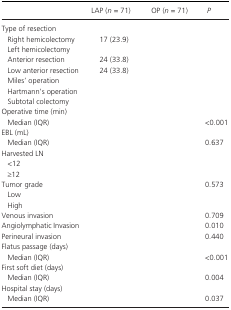
<table><thead><tr><td>[EMPTY_CELL]</td><td><b>LAP (<i>n</i> = 71)</b></td><td><b>OP (<i>n</i> = 71)</b></td><td><b><i>P</i></b></td></tr></thead><tbody><tr><td colspan="3">Type of resection</td><td>[EMPTY_CELL]</td></tr><tr><td>Right hemicolectomy</td><td>17 (23.9)</td><td>[EMPTY_CELL]</td><td>[EMPTY_CELL]</td></tr><tr><td>Left hemicolectomy</td><td>[EMPTY_CELL]</td><td>[EMPTY_CELL]</td><td>[EMPTY_CELL]</td></tr><tr><td>Anterior resection</td><td>24 (33.8)</td><td>[EMPTY_CELL]</td><td>[EMPTY_CELL]</td></tr><tr><td>Low anterior resection</td><td>24 (33.8)</td><td>[EMPTY_CELL]</td><td>[EMPTY_CELL]</td></tr><tr><td>Miles' operation</td><td>[EMPTY_CELL]</td><td>[EMPTY_CELL]</td><td>[EMPTY_CELL]</td></tr><tr><td>Hartmann's operation</td><td>[EMPTY_CELL]</td><td>[EMPTY_CELL]</td><td>[EMPTY_CELL]</td></tr><tr><td>Subtotal colectomy</td><td>[EMPTY_CELL]</td><td>[EMPTY_CELL]</td><td>[EMPTY_CELL]</td></tr><tr><td colspan="4">Operative time (min)</td></tr><tr><td>Median (IQR)</td><td>[EMPTY_CELL]</td><td>[EMPTY_CELL]</td><td>&lt;0.001</td></tr><tr><td colspan="4">EBL (mL)</td></tr><tr><td>Median (IQR)</td><td>[EMPTY_CELL]</td><td>[EMPTY_CELL]</td><td>0.637</td></tr><tr><td colspan="3">Harvested LN</td><td>[EMPTY_CELL]</td></tr><tr><td>&lt;12</td><td>[EMPTY_CELL]</td><td>[EMPTY_CELL]</td><td>[EMPTY_CELL]</td></tr><tr><td>≥12</td><td>[EMPTY_CELL]</td><td>[EMPTY_CELL]</td><td>[EMPTY_CELL]</td></tr><tr><td colspan="3">Tumor grade</td><td>0.573</td></tr><tr><td>Low</td><td>[EMPTY_CELL]</td><td>[EMPTY_CELL]</td><td>[EMPTY_CELL]</td></tr><tr><td>High</td><td>[EMPTY_CELL]</td><td>[EMPTY_CELL]</td><td>[EMPTY_CELL]</td></tr><tr><td>Venous invasion</td><td>[EMPTY_CELL]</td><td>[EMPTY_CELL]</td><td>0.709</td></tr><tr><td>Angiolymphatic Invasion</td><td>[EMPTY_CELL]</td><td>[EMPTY_CELL]</td><td>0.010</td></tr><tr><td>Perineural invasion</td><td>[EMPTY_CELL]</td><td>[EMPTY_CELL]</td><td>0.440</td></tr><tr><td colspan="4">Flatus passage (days)</td></tr><tr><td>Median (IQR)</td><td>[EMPTY_CELL]</td><td>[EMPTY_CELL]</td><td>&lt;0.001</td></tr><tr><td colspan="4">First soft diet (days)</td></tr><tr><td>Median (IQR)</td><td>[EMPTY_CELL]</td><td>[EMPTY_CELL]</td><td>0.004</td></tr><tr><td colspan="4">Hospital stay (days)</td></tr><tr><td>Median (IQR)</td><td>[EMPTY_CELL]</td><td>[EMPTY_CELL]</td><td>0.037</td></tr></tbody></table>